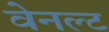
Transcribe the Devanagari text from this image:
वेनल्ट